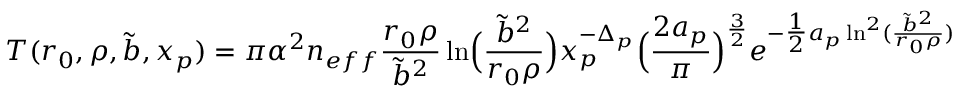
T ( r _ { 0 } , \rho , \tilde { b } , x _ { p } ) = \pi \alpha ^ { 2 } n _ { e f f } { \frac { r _ { 0 } \rho } { \tilde { b } ^ { 2 } } } \ln \Bigl ( { \frac { \tilde { b } ^ { 2 } } { r _ { 0 } \rho } } \Bigr ) x _ { p } ^ { - \Delta _ { p } } \Bigl ( { \frac { 2 a _ { p } } { \pi } } \Bigr ) ^ { \frac { 3 } { 2 } } e ^ { - { \textstyle { \frac { 1 } { 2 } } } a _ { p } \ln ^ { 2 } ( { \frac { \tilde { b } ^ { 2 } } { r _ { 0 } \rho } } ) } \, \, .